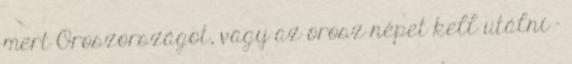
mert Oroszországot, vagy az orosz népet kell utálni –